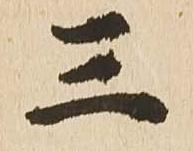
三